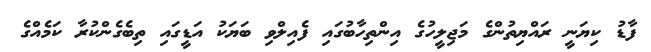
ފާޑު ކިޔަނީ ރައްޔިތުންގެ މަޖިލީހުގެ އިންތިހާބުގައި ފެއިލްވި ބަޔަކު އަޑީގައި ތިބެގެންކުރާ ކަމެއްގެ